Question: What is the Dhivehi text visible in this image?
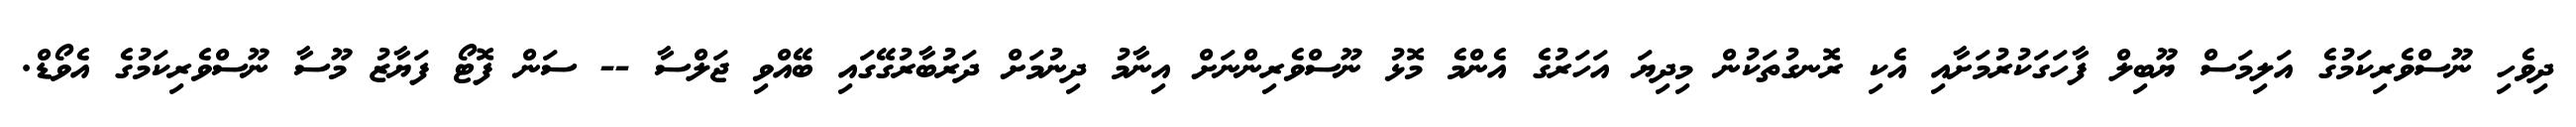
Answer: ދިވެހި ނޫސްވެރިކަމުގެ އަލިމަސް ޔޫބިލް ފާހަގަކުރުމަށާއި އެކި ރޮނގުތަކުން މިދިޔަ އަހަރުގެ އެންމެ މޮޅު ނޫސްވެރިންނަށް އިނާމު ދިނުމަށް ދަރުބާރުގޭގައި ބޭއްވި ޖަލްސާ -- ސަން ފޮޓޯ ފަޔާޒު މޫސާ ނޫސްވެރިކަމުގެ އެވޯޑް.